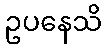
ဥပနေသိ